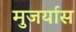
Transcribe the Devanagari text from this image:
मुजर्यास